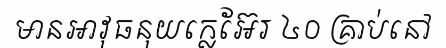
មានអាវុធនុយក្លេអ៊ែរ ៤០ គ្រាប់នៅ